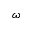
\omega